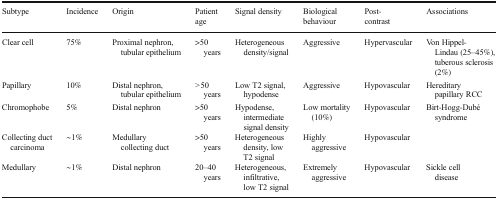
<table><thead><tr><td><b>Subtype</b></td><td><b>Incidence</b></td><td><b>Origin</b></td><td><b>Patient age</b></td><td><b>Signal density</b></td><td><b>Biological behaviour</b></td><td><b>Post-contrast</b></td><td><b>Associations</b></td></tr></thead><tbody><tr><td>Clear cell</td><td>75%</td><td>Proximal nephron, tubular epithelium</td><td>&gt;50 years</td><td>Heterogeneous density/signal</td><td>Aggressive</td><td>Hypervascular</td><td>Von Hippel-Lindau (25–45%), tuberous sclerosis (2%)</td></tr><tr><td>Papillary</td><td>10%</td><td>Distal nephron, tubular epithelium</td><td><i>&gt;</i>50 years</td><td>Low T2 signal, hypodense</td><td>Aggressive</td><td>Hypovascular</td><td>Hereditary papillary RCC</td></tr><tr><td>Chromophobe</td><td>5%</td><td>Distal nephron</td><td>&gt;50 years</td><td>Hypodense, intermediate signal density</td><td>Low mortality (10%)</td><td>Hypovascular</td><td>Birt-Hogg-Dubé syndrome</td></tr><tr><td>Collecting duct carcinoma</td><td>∼1%</td><td>Medullary collecting duct</td><td>&gt;50 years</td><td>Heterogeneous density, low T2 signal</td><td>Highly aggressive</td><td>Hypovascular</td><td></td></tr><tr><td>Medullary</td><td>∼1%</td><td>Distal nephron</td><td>20–40 years</td><td>Heterogeneous, infiltrative, low T2 signal</td><td>Extremely aggressive</td><td>Hypovascular</td><td>Sickle cell disease</td></tr></tbody></table>